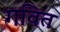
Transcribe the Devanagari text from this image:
गवित